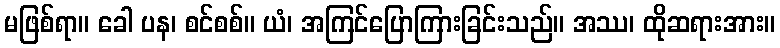
မဖြစ်ရာ။ ခေါ ပန၊ စင်စစ်။ ယံ၊ အကြင်ပြောကြားခြင်းသည်။ အဿ၊ ထိုဆရားအား။